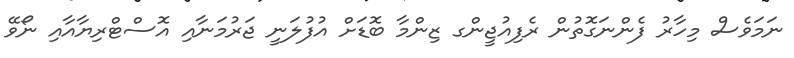
ނަމަވެސް މިހާރު ފެންނަގޮތުން ރެފިއުޖީންގ ޒިންމާ ބޮޑަށް އުފުލަނީ ޖަރުމަނާއި އޮސްޓްރިޔާއާއި ނޯވޭ